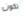
تكون